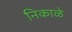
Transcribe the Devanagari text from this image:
निकाळे